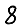
Digit: 8